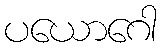
ပယောဂေါ